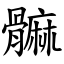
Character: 髍